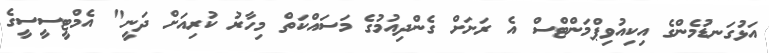
އަޅުގަނޑުމެންގެ އިކިއުވިޕްމަންޓްސް އެ ރަށަށް ގެންދިއުމުގެ މަސައްކަތް މިހާރު ކުރިއަށް ދަނީ" އެމްޓީސީސީގެ